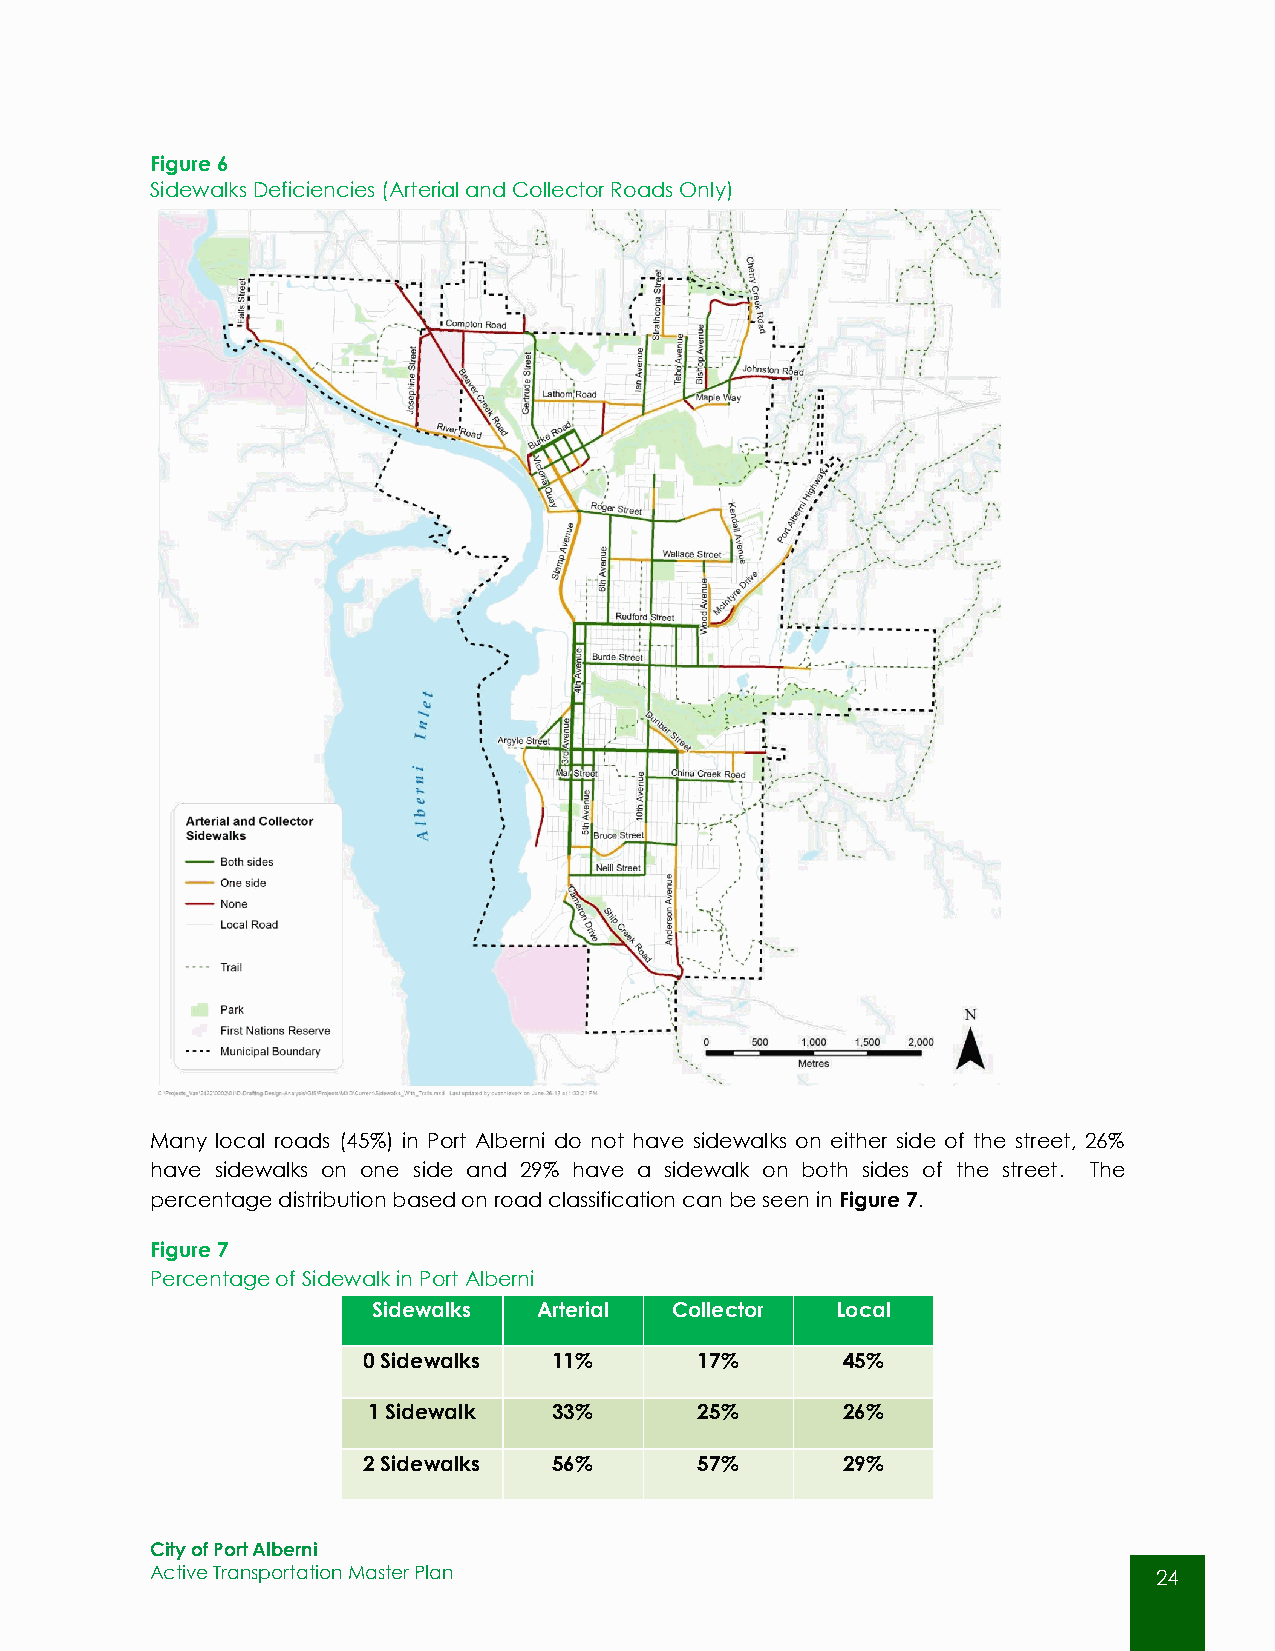
Figure 6
 Sidewalks Deficiencies (Arterial and Collector Roads Only)
 Many local roads (45%) in Port Alberni do not have sidewalks on either side of the street, 26%
 have sidewalks on one side and 29% have a sidewalk on both sides of the street. The
 percentage distribution based on road classification can be seen in Figure 7.
 Figure 7
 Percentage of Sidewalk in Port Alberni
 Sidewalks  Arterial Collector Local
 0 Sidewalks  11%      17%       45%
 1 Sidewalk   33%      25%       26%
 2 Sidewalks  56%      57%       29%
 City of Port Alberni
 Active Transportation Master Plan                                  24
 24